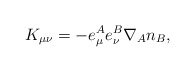
\begin{align*}K_{\mu \nu} = - e^{A}_{\mu} e^{B}_{\nu} \nabla_A n_B,\end{align*}